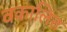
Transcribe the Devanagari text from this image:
वकालित